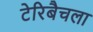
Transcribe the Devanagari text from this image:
टेरिबैचला